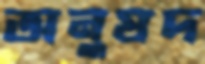
অনুষদ